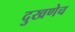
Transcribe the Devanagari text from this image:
दुखणेच